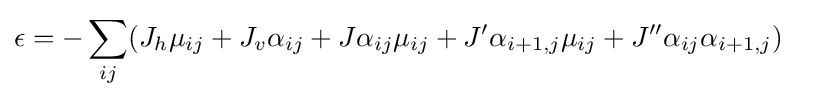
{\begin{aligned}\epsilon &=-\sum _{ij}(J_{h}\mu _{ij}+J_{v}\alpha _{ij}+J\alpha _{ij}\mu _{ij}+J'\alpha _{i+1,j}\mu _{ij}+J''\alpha _{ij}\alpha _{i+1,j})\end{aligned}}